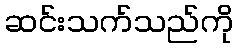
ဆင်းသက်သည်ကို